system: You are a helpful assistant.
user:
Analyze the provided spectrum to determine if it is a **S-type Star**.

- **Key Indicators for S-type Star:**

    - **(Overall Spectrum Shape):** The first and most obvious characteristic is the overall continuum (the "baseline" shape). It is **extremely "red-sloping,"** meaning the flux (light intensity) is very low on the left side (blue, ~4000-4500 Å) and rises steeply and continuously toward the right side (red, ~7000 Å+).

    - **(Primary):** The spectrum is defined by the presence of strong, broad molecular absorption "valleys" (bands) from **Zirconium Oxide (ZrO)**. The identification of these bands is the **primary requirement** for classifying a star as S-type.
        - **(Key Bandheads):** You must find distinct, deep "dips" where the light has been absorbed. The most critical band systems to locate are:
            - **~6474 Å** ($\gamma$-system): This is often the strongest and clearest ZrO feature, found in the red part of the spectrum.
            - **~5718 Å** & **~5551 Å** ($\beta$-system): A pair of prominent absorption features in the yellow-orange part of the spectrum.
            - **~4640 Å** ($\alpha$-system): A key absorption band system in the blue-green region of the spectrum.

    - **(Secondary Confirmation):** The classification is strengthened by finding additional absorption bands from other related heavy element oxides, which are expected to be present alongside ZrO.
        - **(Key Bandheads):**
            - **Yttrium Oxide (YO):** Look for absorption dips near **~4800 Å** and **~6100 Å**.
            - **Lanthanum Oxide (LaO):** Additional absorption features, particularly in the red-orange part of the spectrum, are also characteristic.

    - **(Line Profile):** The combination of the steep red continuum and these numerous, deep molecular bands (ZrO, YO, etc.) gives the entire spectrum a very **"chopped-up"** or **"bumpy"** appearance. Instead of a smooth curve, the spectrum looks as though large, wide chunks of light have been "carved out" of it at the specific wavelengths listed above.

Think first, call **spectral_visualization_tool** if needed to examine features in detail, then provide your final answer. Your response must adhere to the following strict rules:
1.  **Overall Structure:** Your response must follow the format `<think>...</think> <tool_call>...</tool_call> (if a tool is used) <answer>...</answer>`.
2.  **Tool Usage Constraint:** You may only make **one** tool call per turn.
3.  **Final Answer Format:** In the `<answer>` tag, your conclusion must be inside a `\boxed{}` command (e.g., `\boxed{YES}` or `\boxed{NO}`), followed by your justification.

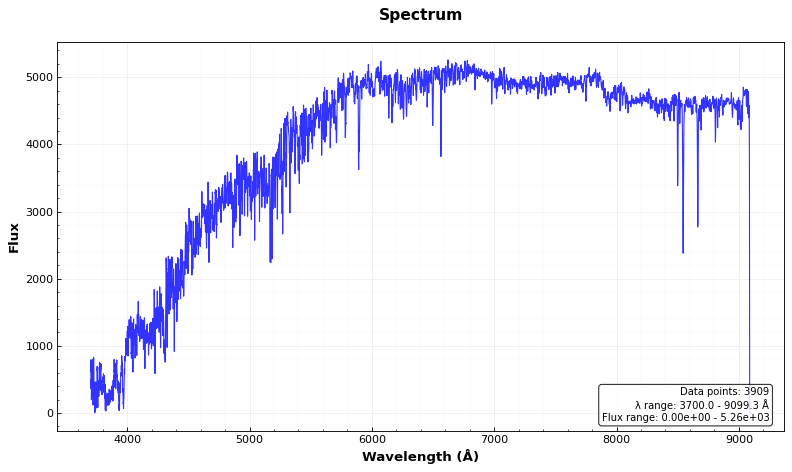
Answer: NO